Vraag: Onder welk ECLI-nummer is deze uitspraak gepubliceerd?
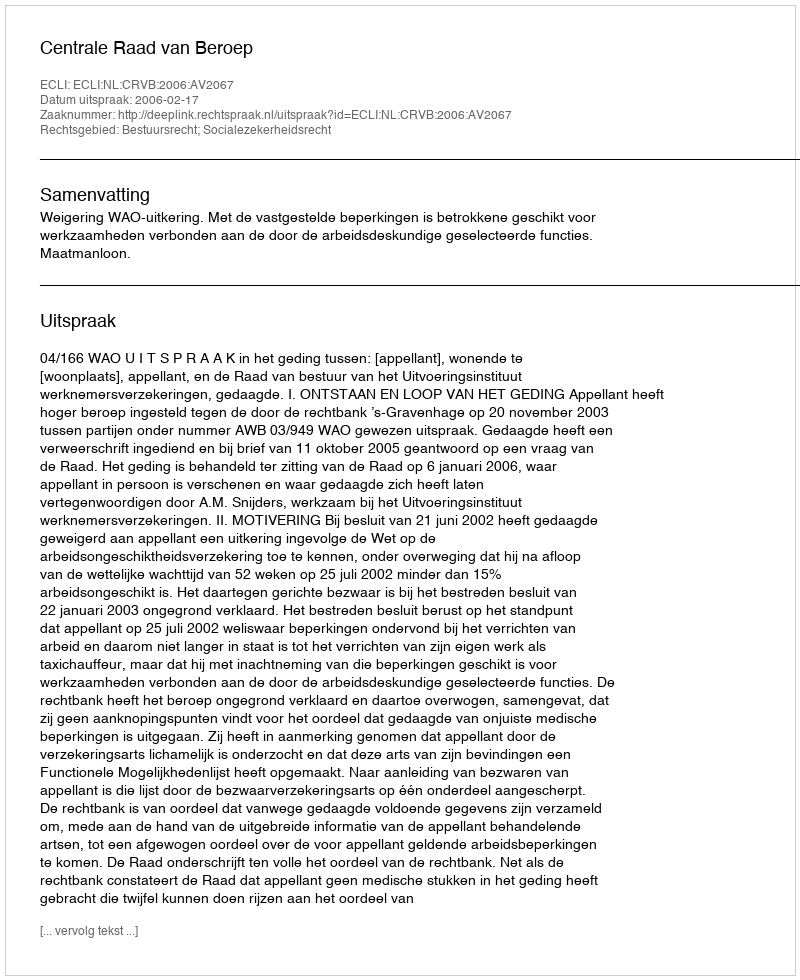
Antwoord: ECLI:NL:CRVB:2006:AV2067